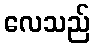
လေသည်